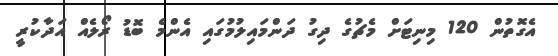
އެގޮތުން 120 މިނިޓަށް މެޗުގެ ދިގު ދަންމައިލުމުގައި އެންމެ ބޮޑު ރޯލެއް އަދާކުރީ